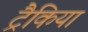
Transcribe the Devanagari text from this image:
ट्रैकिया